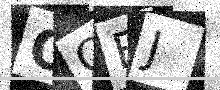
Text: OQFJ